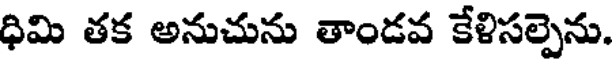
ధిమి తక అనుచును తాండవ కేళిసల్పెను.